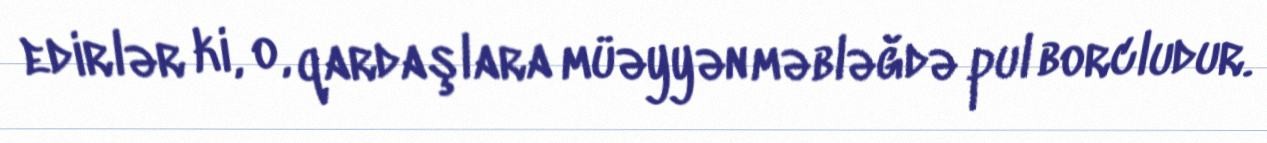
edirlər ki, o, qardaşlara müəyyən məbləğdə pul borcludur.